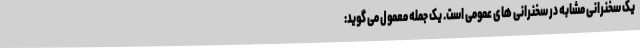
یک سخنرانی مشابه در سخنرانی های عمومی است. یک جمله معمول می گوید: